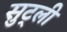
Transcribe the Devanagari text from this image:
सुट्ली